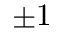
\pm 1